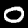
Label: 0